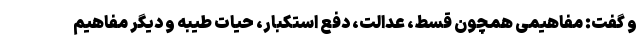
و گفت: مفاهیمی همچون قسط، عدالت، دفع استکبار، حیات طیبه و دیگر مفاهیم